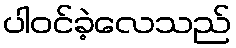
ပါဝင်ခဲ့လေသည်